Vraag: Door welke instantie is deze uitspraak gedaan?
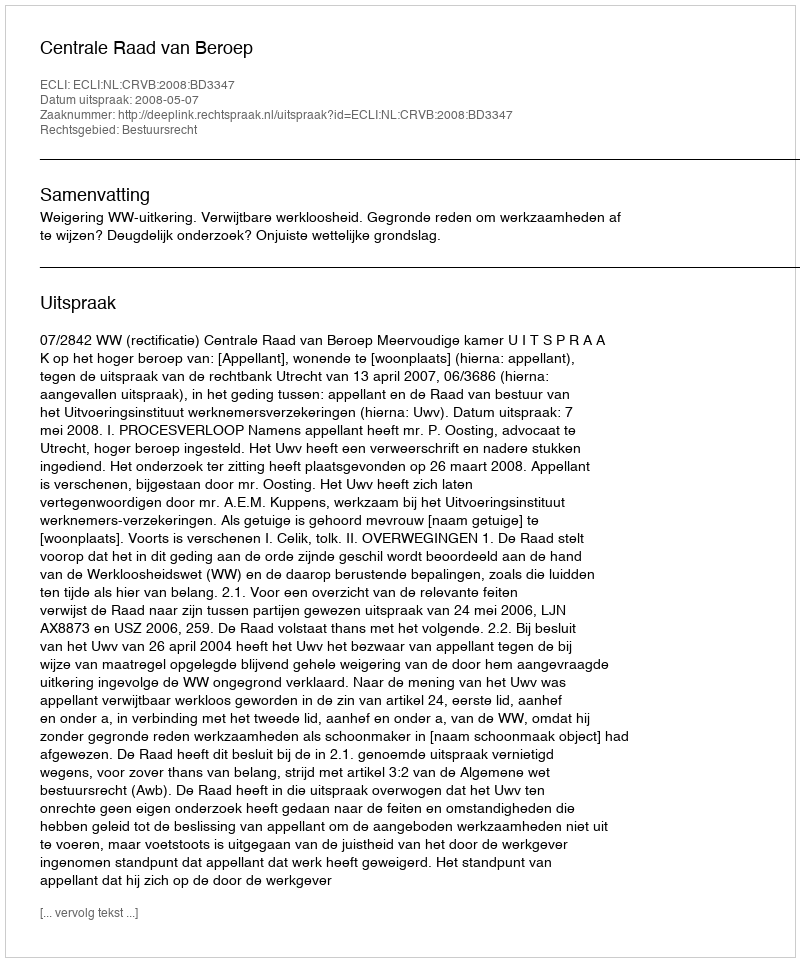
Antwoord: Centrale Raad van Beroep